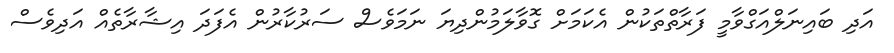
އަދި ބައިނަލްއަގްވާމީ ފަރާތްތަކުން އެކަމަށް ގޮވާލަމުންދިޔަ ނަމަވެސް ސަރުކާރުން އެފަދަ އިޝާރާތެއް އަދިވެސް